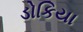
ડોકિયા